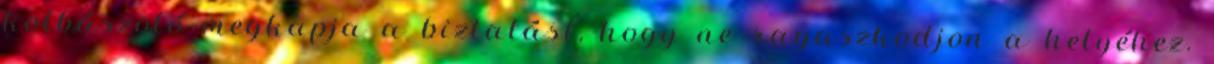
kolbászoló megkapja a biztatást, hogy ne ragaszkodjon a helyéhez.